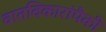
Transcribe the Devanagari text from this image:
वातविकारांपैकी